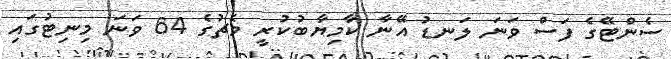
ސެންޓޭގެ ފަސް ވަނަ ލަނޑު އޭނާ ކާމިޔާބުކުރީ މެޗުގެ 64 ވަނަ މިނިޓުގައި